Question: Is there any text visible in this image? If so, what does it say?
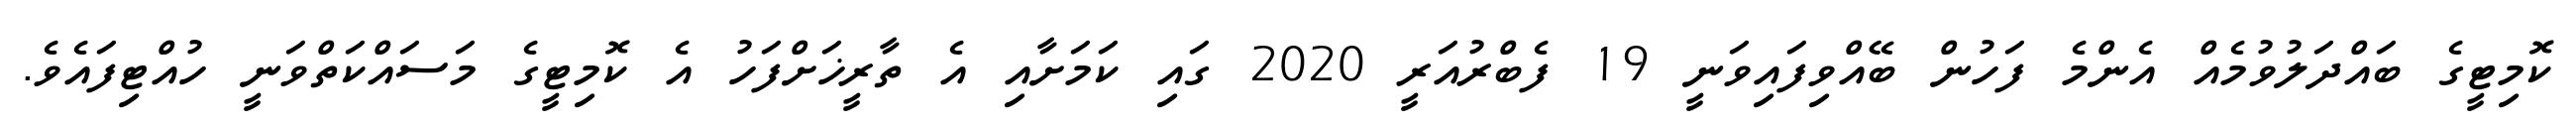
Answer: ކޮމިޓީގެ ބައްދަލުވުމެއް އެންމެ ފަހުން ބޭއްވިފައިވަނީ 19 ފެބްރުއަރީ 2020 ގައި ކަމަށާއި އެ ތާރީޚަށްފަހު އެ ކޮމިޓީގެ މަސައްކަތްވަނީ ހުއްޓިފައެވެ.